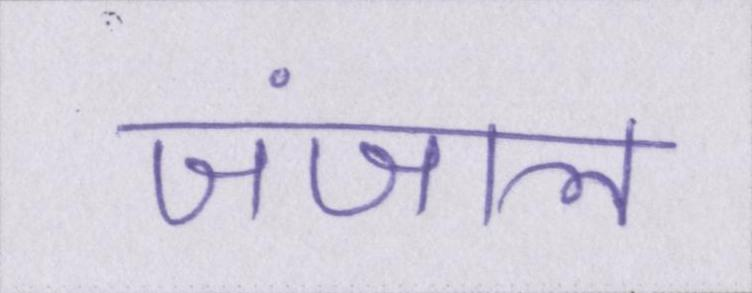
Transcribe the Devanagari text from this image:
जंजाल